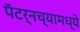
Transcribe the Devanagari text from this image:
पॅटर्नच्यामध्ये